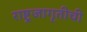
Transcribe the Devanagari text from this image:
राष्ट्रजागृतीची